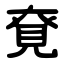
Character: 䙽